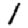
Digit: 1